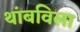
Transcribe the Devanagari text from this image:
थांबविला